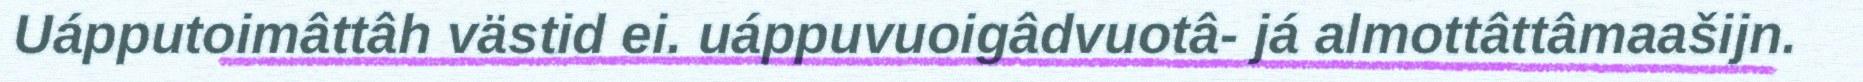
Uápputoimâttâh västid ei. uáppuvuoigâdvuotâ- já almottâttâmaašijn.